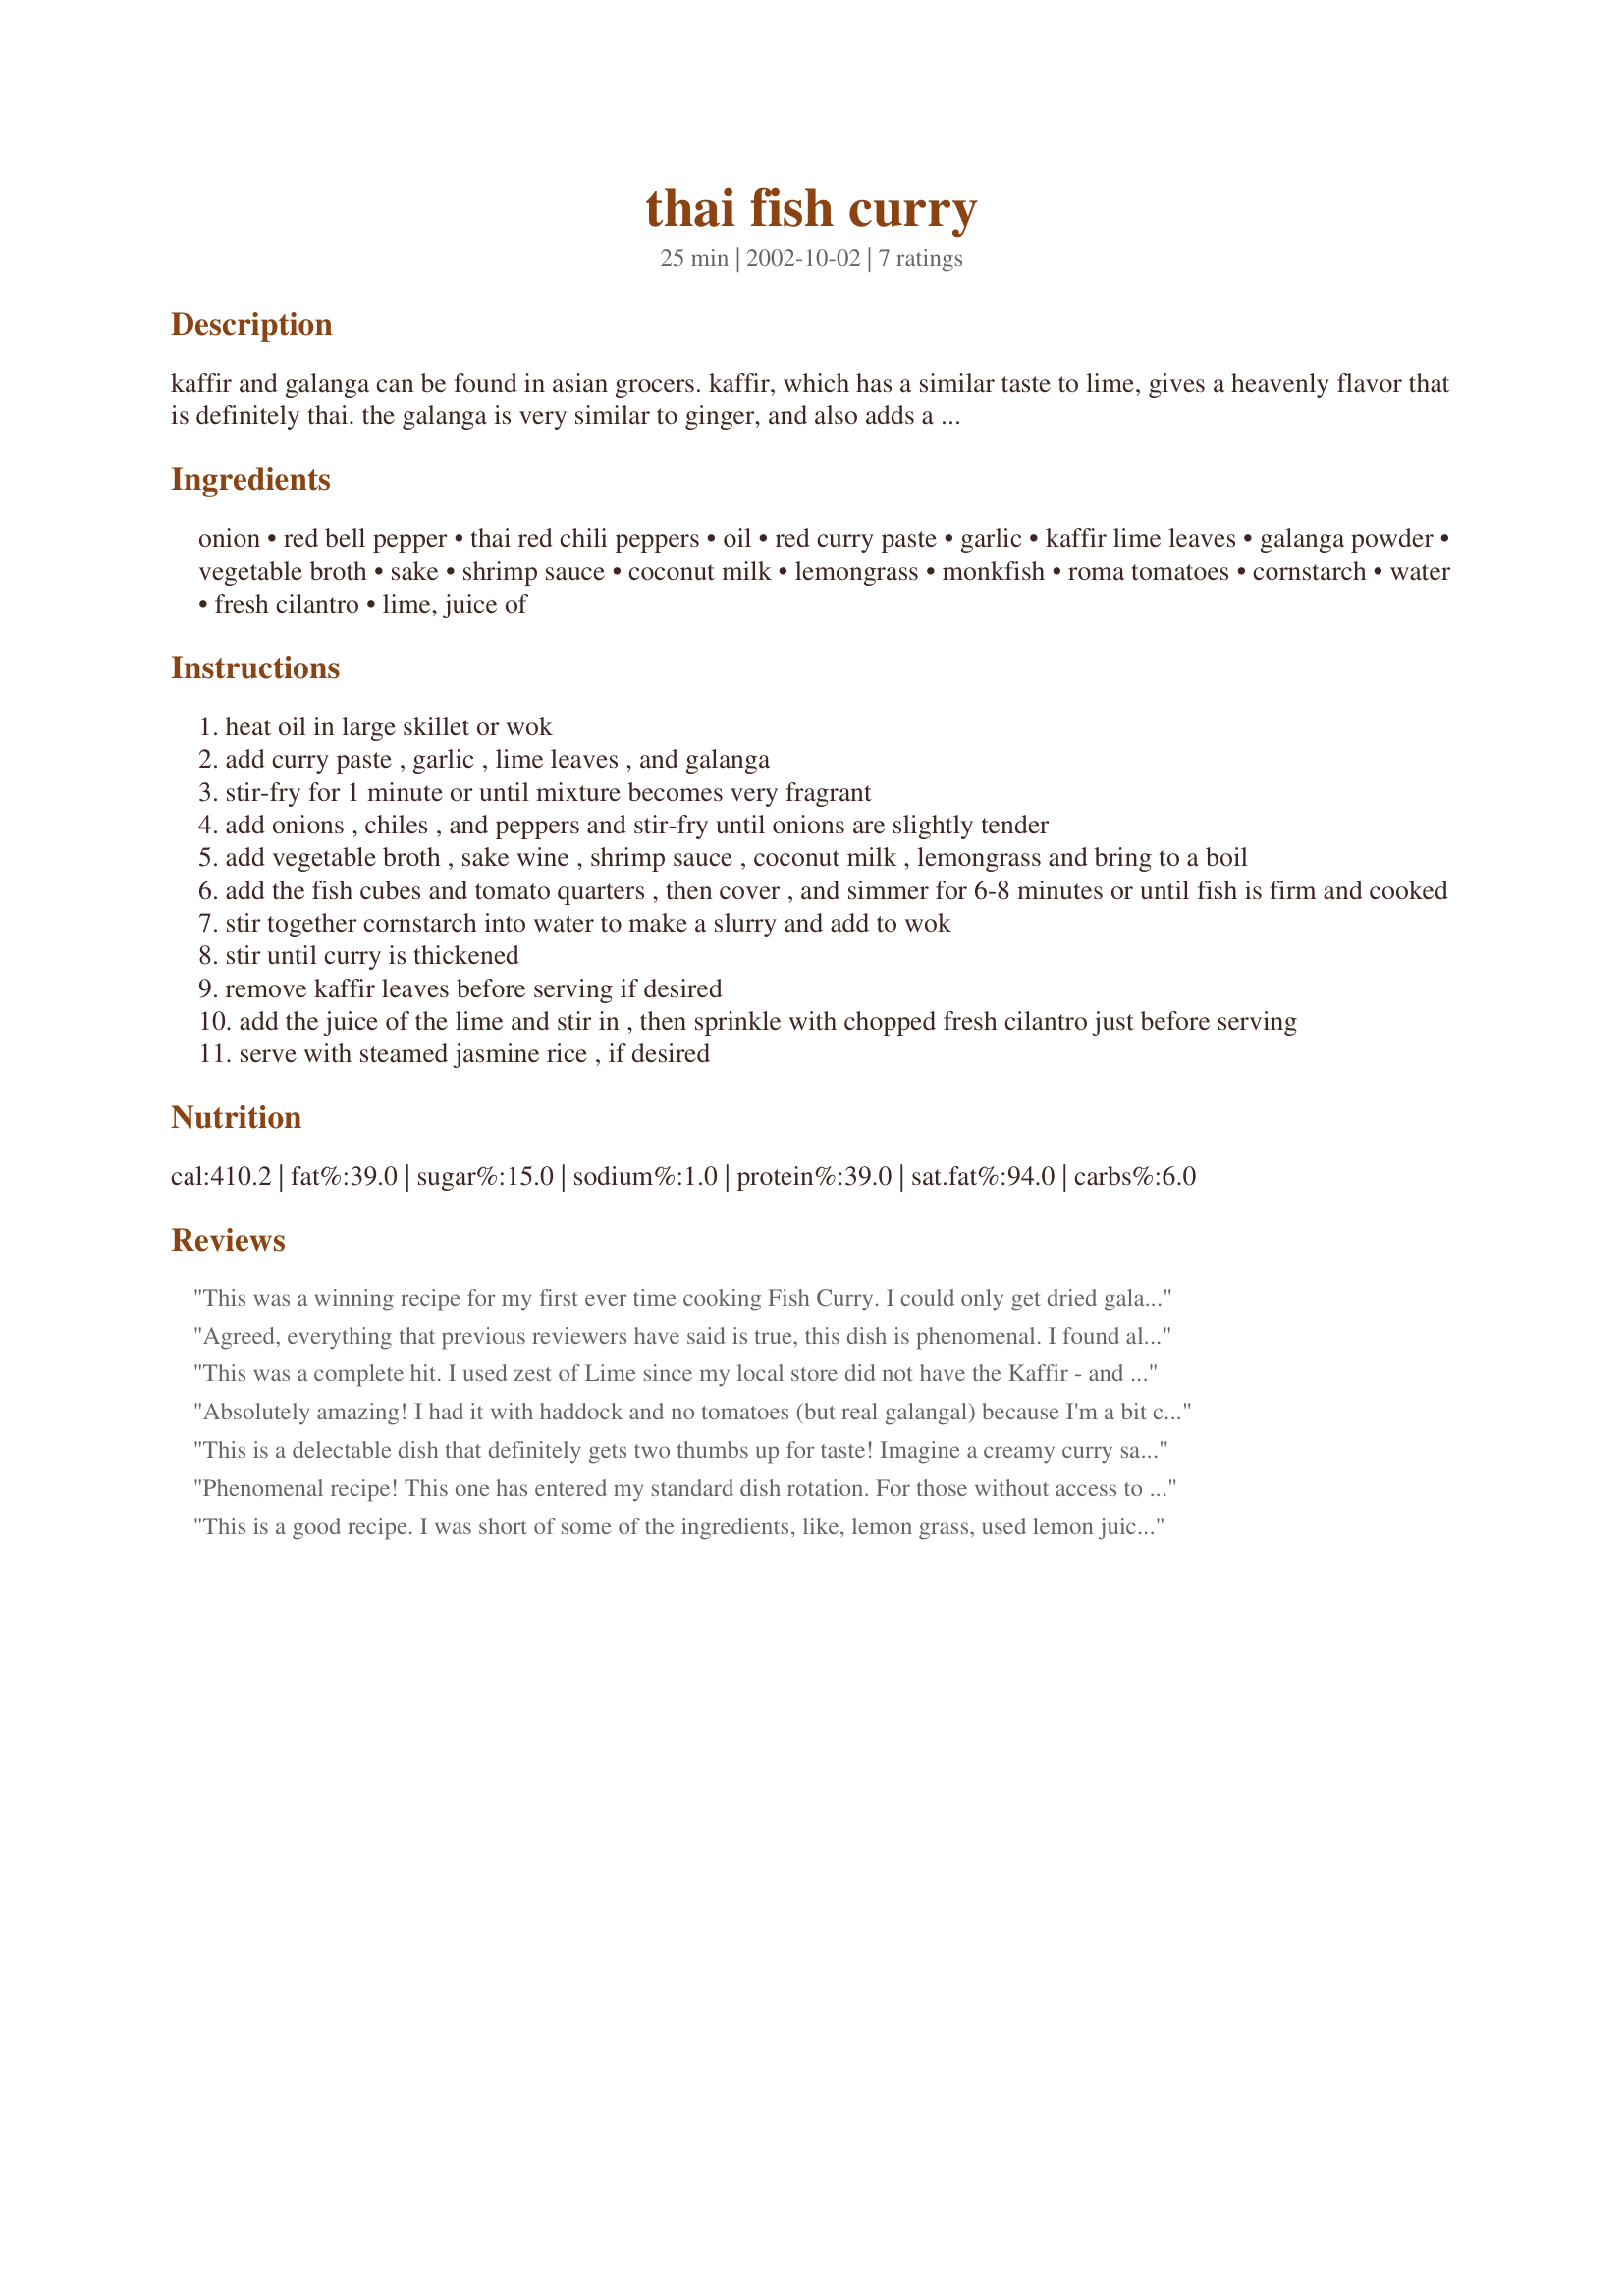
thai fish curry
Preparation time: 25 minutes

kaffir and galanga can be found in asian grocers. kaffir, which has a similar taste to lime, gives a heavenly flavor that is definitely thai. the galanga is very similar to ginger, and also adds a thai touch. monkfish is said to be the poor man's lobster; it has a texture similar to it, but i can guarantee lobster will be the last thing on your mind when you taste this delectable curry.

Ingredients:
onion, red bell pepper, thai red chili peppers, oil, red curry paste, garlic, kaffir lime leaves, galanga powder, vegetable broth, sake, shrimp sauce, coconut milk, lemongrass, monkfish, roma tomatoes, cornstarch, water, fresh cilantro, lime, juice of

Steps:
heat oil in large skillet or wok
add curry paste , garlic , lime leaves , and galanga
stir-fry for 1 minute or until mixture becomes very fragrant
add onions , chiles , and peppers and stir-fry until onions are slightly tender
add vegetable broth , sake wine , shrimp sauce , coconut milk , lemongrass and bring to a boil
add the fish cubes and tomato quarters , then cover , and simmer for 6-8 minutes or until fish is firm and cooked
stir together cornstarch into water to make a slurry and add to wok
stir until curry is thickened
remove kaffir leaves before serving if desired
add the juice of the lime and stir in , then sprinkle with chopped fresh cilantro just before serving
serve with steamed jasmine rice , if desired

Reviews:
This was a winning recipe for my first ever time cooking Fish Curry. I could only get dried galangal root, and dried lemongrass which after soaking I tied in muslin with the red chiliies and infused them in the broth, coconut milk and sake. It got the tick of approval from my wife who is a tough Fish Curry critic. Thank you Sue.
Agreed, everything that previous reviewers have said is true, this dish is phenomenal. I found all of the items I needed at the Puget Sound's Japanese grocery institution (Uwujimaya), but the kafir leaves were outrageously expensive but did add something that I think was important to the flavor profile so I wouldn't recommend ditching them. I used ripe Fresno peppers because I knew the Thai peppers would be too hot for some. It worked perfectly and those who wanted more heat could use some Rooster sauce (sriracha). It's a really phenomenal dish. I used Dover sole filets which was probably not substantial enough as much of it broke into little pieces even though it was added near the end to cook very lightly. Maybe thicker chunks of a white fish would work better next time.
This was a complete hit. I used zest of Lime since my local store did not have the Kaffir - and it was wonderful
Absolutely amazing! I had it with haddock and no tomatoes (but real galangal) because I'm a bit cheap, but really wow. I can't put enough emphisis on how great a big squeeze of lime and some fresh corriander is to this recipe.
This is a delectable dish that definitely gets two thumbs up for taste! Imagine a creamy curry sauce, full of flavour but not too spicy and very colourful! The only thing I'd do different next time is cut the amount of broth by up to half to make a thicker sauce, since mine was still a bit too thin even after adding all that cornstarch.
Phenomenal recipe! This one has entered my standard dish rotation.

For those without access to Asian markets, this dish is still excellent when made with additional lime juice and ginger instead of kaffir and galangal. I also sometimes substitute tilapia and shrimp for the monkfish, and routinely leave out the tomatoes.

It's the sign of a truly great recipe that it holds its own even when tweaked. Thanks!
This is a good recipe. I was short of some of the ingredients, like, lemon grass, used lemon juice instead of lime, Used normal chili peppers, de-seeded and chopped. Different white fish. After all that I really enjoyed eating this good fish curry. Will be on my 'make it again' list.
